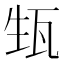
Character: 𱰈